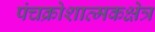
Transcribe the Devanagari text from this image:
पंचक्रोशात्मकक्षेत्र